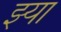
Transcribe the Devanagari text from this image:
झ्या